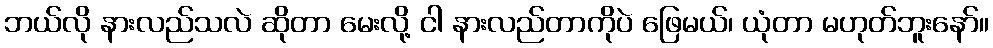
ဘယ်လို နားလည်သလဲ ဆိုတာ မေးလို့ ငါ နားလည်တာကိုပဲ ဖြေမယ်၊ ယုံတာ မဟုတ်ဘူးနော်။